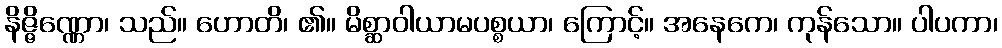
နိဇ္ဇိဏ္ဏော၊ သည်။ ဟောတိ၊ ၏။ မိစ္ဆာဝါယာမပစ္စယာ၊ ကြောင့်။ အနေကေ၊ ကုန်သော။ ပါပကာ၊